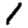
Digit: 1